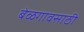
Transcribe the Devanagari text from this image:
बेळगावसाठी